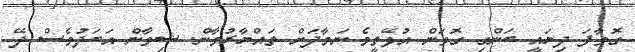
ގޮވާފަ ދިޔައީ ބަންގި ގޮވަން އުޅޭތީވެ ނަމާދަށް ތައްޔާރުވާން. ޝިވާން އަބަދުވެސް ދޭ